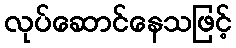
လုပ်ဆောင်နေသဖြင့်